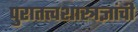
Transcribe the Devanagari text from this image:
पुरातत्त्वशास्त्रज्ञांची